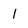
Character: 1